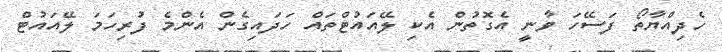
ހެދިއްޔާތޯ ފަސޭހަ ވާނީ އެގޮތުން އެކި ލޭއައުޓްތައް ހަދައިގެން އެންމެ ފުރިހަމަ ލޭއައުޓް